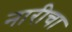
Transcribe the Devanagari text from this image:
नारीचा